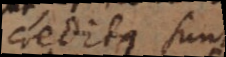
credita sunt